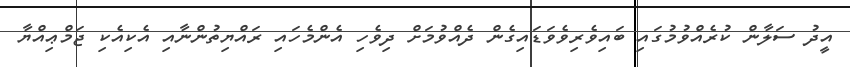
އީދު ސަލާން ކުރެއްވުމުގައި ބައިވެރިވެވަޑައިގެން ދެއްވުމަށް ދިވެހި އެންމެހައި ރައްޔިތުންނާއި އެކިއެކި ޖަމްޢިއްޔާ